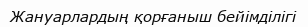
Жануарлардың қорғаныш бейімділігі